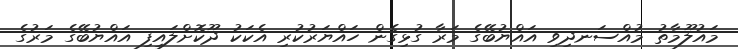
މައުލޫމާތު މުއްސަނދިވި އައްޔުބޭގެ މަރާ ގުޅިގެން ހައްޔަރުކުރި އެކަކު ދޫކޮށްލައިފި އައްޔުބޭގެ މަރުގެ